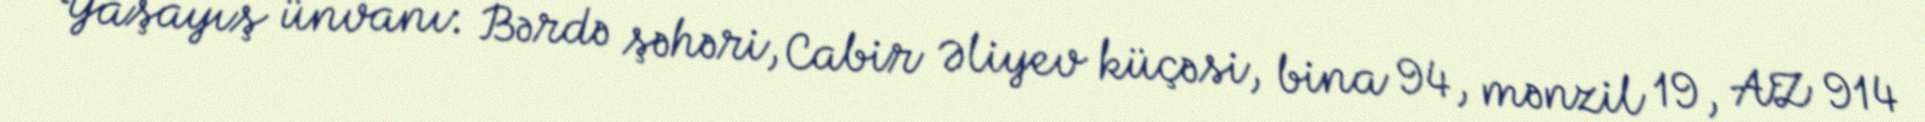
Yaşayış ünvanı: Bərdə şəhəri, Cabir Əliyev küçəsi, bina 94, mənzil 19, AZ 914